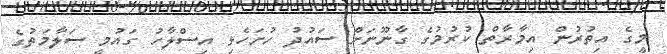
މީގެ އިތުރުން އިމާރާތް ކުރުމުގެ ގާނޫނަށް ސައުދު ހުށަހެޅި އިސްލާހު ގައުމީ ސަލާމަތުގެ